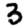
Digit: 3